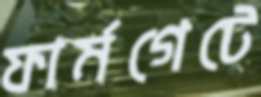
ফার্মগেটে